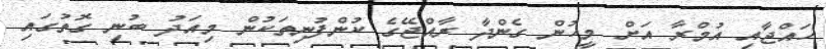
ހައްޖާއި އުމްރާ އަށް މީހުން ގެންދާ ރާއްޖޭގެ ކުންފުނިތަކުން މިއަދު ބުނި ގޮތުގައި